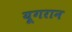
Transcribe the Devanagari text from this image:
यूगरान